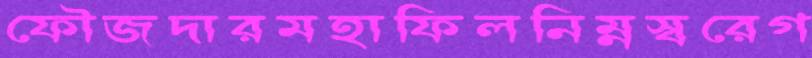
ফৌজদারমহাফিলনিম্নস্বরেগ